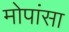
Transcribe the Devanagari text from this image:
मोपांसा